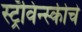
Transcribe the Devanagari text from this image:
स्ट्रॅविन्स्कीचे